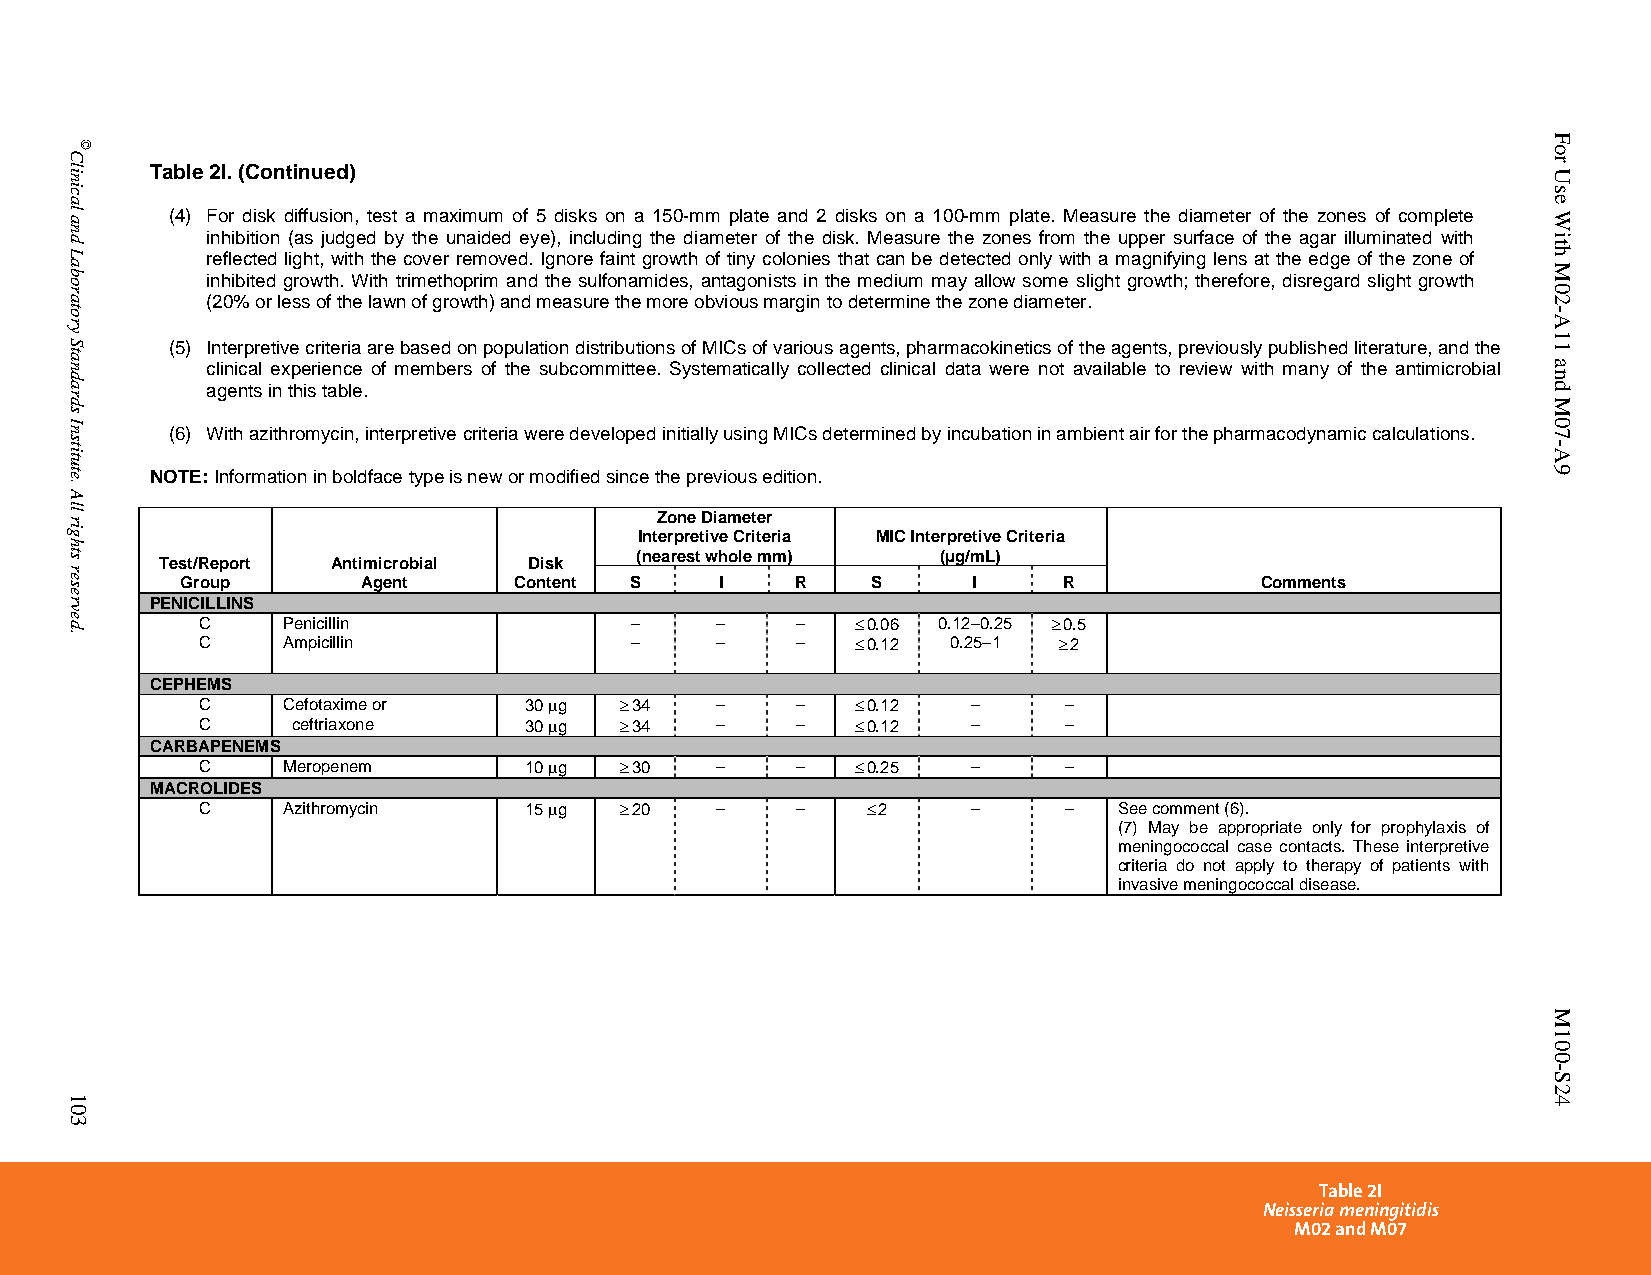
Table 2I. (Continued)
 (4) For disk diffusion, test a maximum of 5 disks on a 150-mm plate and 2 disks on a 100-mm plate. Measure the diameter of the zones of complete
 inhibition (as judged by the unaided eye), including the diameter of the disk. Measure the zones from the upper surface of the agar illuminated with
 reflected light, with the cover removed. Ignore faint growth of tiny colonies that can be detected only with a magnifying lens at the edge of the zone of
 inhibited growth. With trimethoprim and the sulfonamides, antagonists in the medium may allow some slight growth; therefore, disregard slight growth
 (20% or less of the lawn of growth) and measure the more obvious margin to determine the zone diameter.
 (5) Interpretive criteria are based on population distributions of MICs of various agents, pharmacokinetics of the agents, previously published literature, and the
 clinical experience of members of the subcommittee. Systematically collected clinical data were not available to review with many of the antimicrobial
 agents in this table.
 (6) With azithromycin, interpretive criteria were developed initially using MICs determined by incubation in ambient air for the pharmacodynamic calculations.
 NOTE: Information in boldface type is new or modified since the previous edition.
 Zone Diameter
 Interpretive Criteria MIC Interpretive Criteria
 (nearest whole mm)  (µg/mL)
 Test/Report Antimicrobial Disk
 Group       Agent     Content S     I    R    S     I     R            Comments
 PENICILLINS
 C     Penicillin             –    –     –    0.06 0.12–0.25  0.5
 C     Ampicillin             –    –     –    0.12 0.25–1  2
 CEPHEMS
 C     Cefotaxime or   30 g  34  –     –    0.12 –     –
 C     ceftriaxone     30 g  34  –     –    0.12 –     –
 CARBAPENEMS
 C     Meropenem       10 g  30  –     –    0.25 –     –
 MACROLIDES
 C     Azithromycin    15 g  20  –     –    2    –     –   See comment (6).
 (7) May be appropriate only for prophylaxis of
 meningococcal case contacts. These interpretive
 criteria do not apply to therapy of patients with
 invasive meningococcal disease.
 Table 2I
 Neisseria meningitidis
 M02 and M07
 PublishedOn1/1/2014. Thisdocumentisprotectedbycopyright.
 Clinical
 and
 Laboratory
 Standards
 Institute.
 All
 rights
 reserved.
 103
 ©
 For
 Use
 With
 M02-A11
 and
 M07-A9
 M100-S24